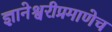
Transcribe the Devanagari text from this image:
ज्ञानेश्वरीप्रमाणेच